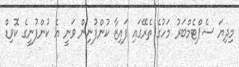
މިދިޔަ ސެޕްޓެމްބަރު މަހުގެ ތެރޭގައި ފައިޒާ ކުންފުނިން ވަނީ އެ ކުންފުނީގެ ކޮވިޑް